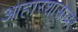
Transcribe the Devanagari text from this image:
आहारशास्त्रावर